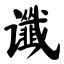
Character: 谶